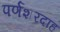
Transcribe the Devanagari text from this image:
पर्णशरदाह